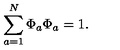
\sum _ { { a } = 1 } ^ { N } \Phi _ { a } \Phi _ { a } = 1 .